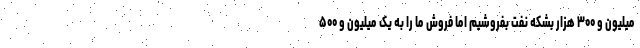
میلیون و ۳۰۰ هزار بشکه نفت بفروشیم اما فروش ما را به یک میلیون و ۵۰۰